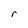
Character: r